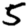
Digit: 5